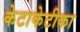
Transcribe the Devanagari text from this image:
केटाकेटीका